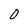
Character: 0